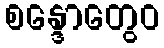
စန္ဒောတွေဝ